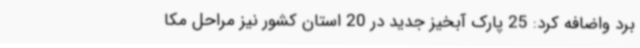
برد واضافه کرد: 25 پارک آبخیز جدید در 20 استان کشور نیز مراحل مکا